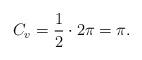
LaTeX: \begin{align*} C_v = \frac{1}{2} \cdot 2 \pi = \pi.\end{align*}